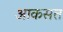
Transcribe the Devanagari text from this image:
आकसत